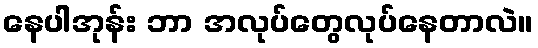
နေပါအုန်း ဘာ အလုပ်တွေလုပ်နေတာလဲ။